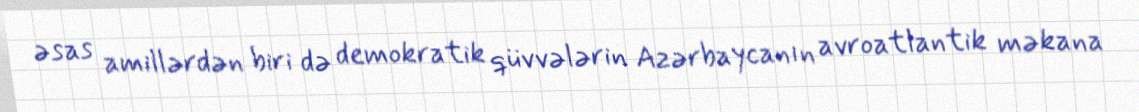
əsas amillərdən biri də demokratik qüvvələrin Azərbaycanın avroatlantik məkana